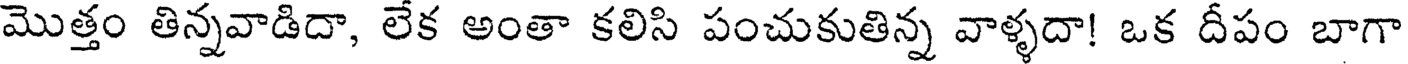
మొత్తం తిన్నవాడిదా, లేక అంతా కలిసి పంచుకుతిన్న వాళ్ళదా! ఒక దీపం బాగా